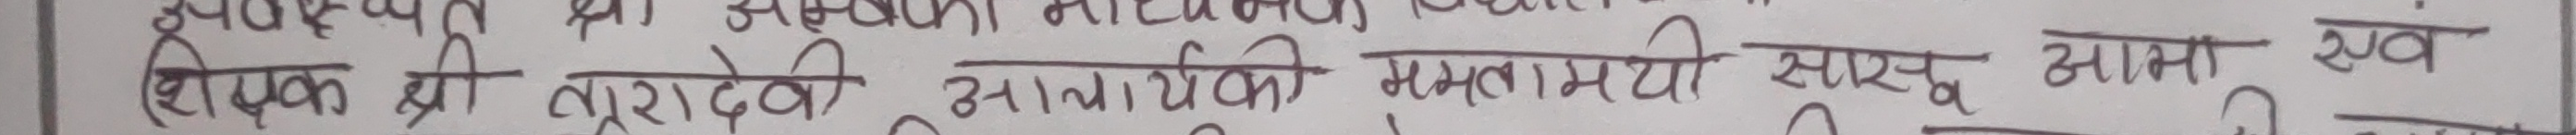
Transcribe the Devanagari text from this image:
शिक्षक श्री नुरादेवी आमा यकी ममतामयी सर्सू आमा स्वं